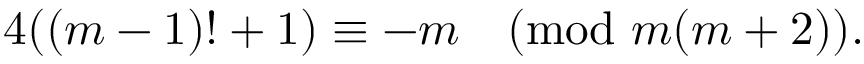
4 ( ( m - 1 ) ! + 1 ) \equiv - m { \pmod { m ( m + 2 ) } } .